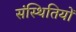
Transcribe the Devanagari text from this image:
संस्थितियों